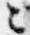
候